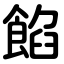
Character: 餡